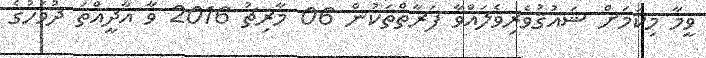
ވީމާ މިކަމަށް ޝައުޤުވެރިވެލައްވާ ފަރާތްތަކުން 06 މާރިޗު 2016 ވާ އާދީއްތަ ދުވަހުގެ